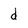
Character: d